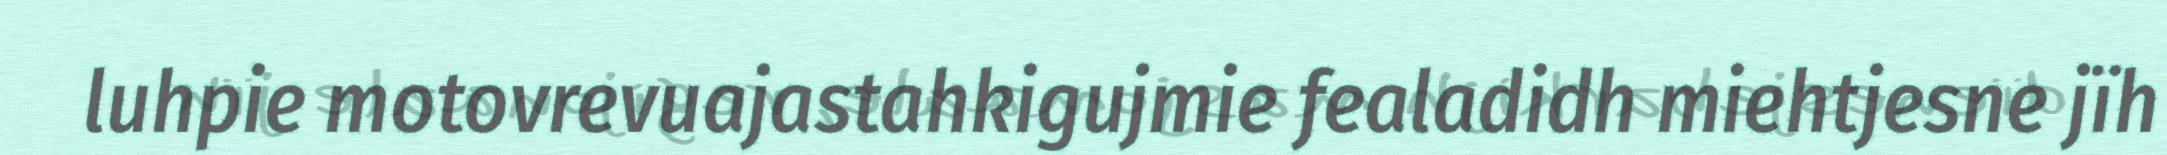
luhpie motovrevuajastahkigujmie fealadidh miehtjesne jïh